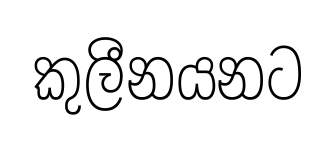
කුලීනයනට